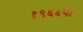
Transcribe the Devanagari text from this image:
१९६६ची